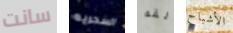
سانت السحريه ألقه الأشباح